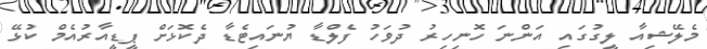
މެލޭޝިއާ ލީގުގައި އަންނަ ހޮނިހިރު ދުވަހު ފެލްޑާ ޔުނައިޓެޑާ ދެކޮޅަށް ޕީޑީއާރުއެމް ކުޅޭ